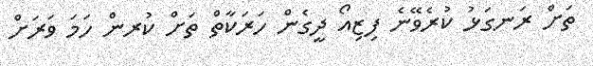
ތަށް ރަނގަޅު ކުރެވޭނެ ފިޒިއޯ ދީގެން ހަރަކާތް ތަށް ކުރން ހަމަ ވަރަށް